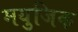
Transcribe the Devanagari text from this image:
मयुजिक